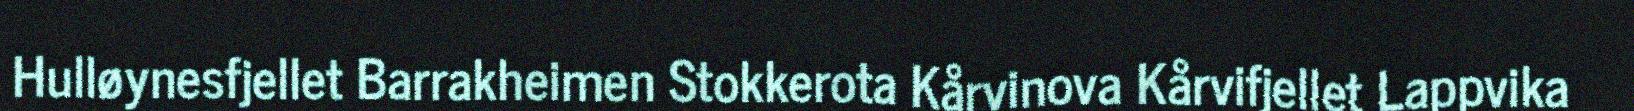
Hulløynesfjellet Barrakheimen Stokkerota Kårvinova Kårvifjellet Lappvika